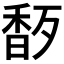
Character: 𬳜